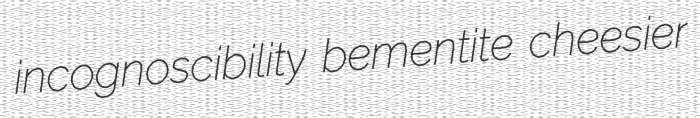
incognoscibility bementite cheesier